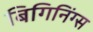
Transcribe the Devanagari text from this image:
बिगिनिंग्स